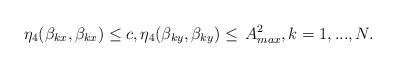
LaTeX: \begin{align*}\eta_4(\beta_{{kx}},\beta_{{kx}})\leq c,\eta_4(\beta_{{ky}},\beta_{{ky}})\leq \,A^2_{max},k=1,...,N.\end{align*}